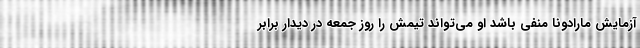
آزمایش مارادونا منفی باشد او می‌تواند تیمش را روز جمعه در دیدار برابر